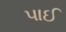
પાઈ